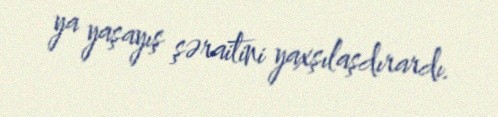
ya yaşayış şəraitini yaxşılaşdırardı.